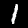
Label: 1